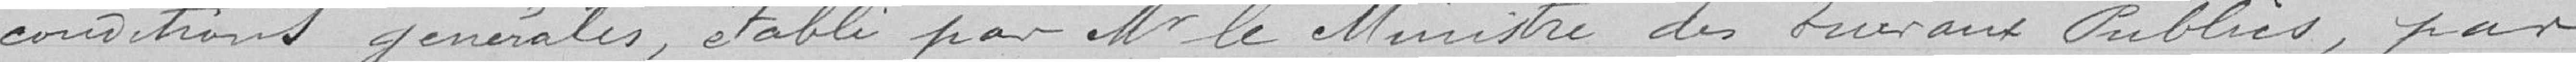
conditions générales, établi par Monsieur le Ministre des travaux publics, par